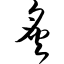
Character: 炙